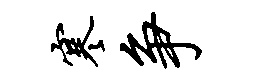
寒争